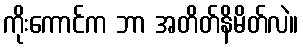
ကိုးကောင်က ဘာ အတိတ်နိမိတ်လဲ။